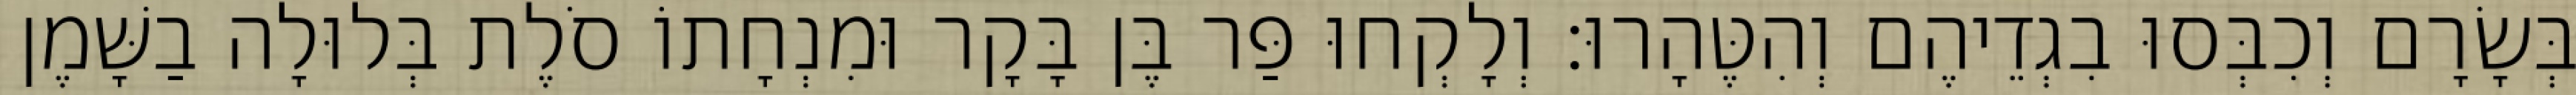
בְּשָׂרָם וְכִבְּסוּ בִגְדֵיהֶם וְהִטֶּהָרוּ׃ וְלָקְחוּ פַּר בֶּן בָּקָר וּמִנְחָתוֹ סֹלֶת בְּלוּלָה בַשָּׁמֶן